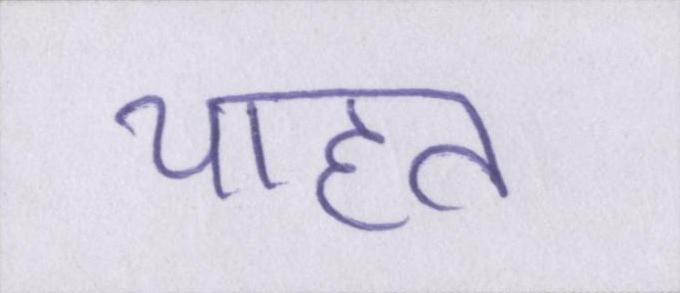
चाहत